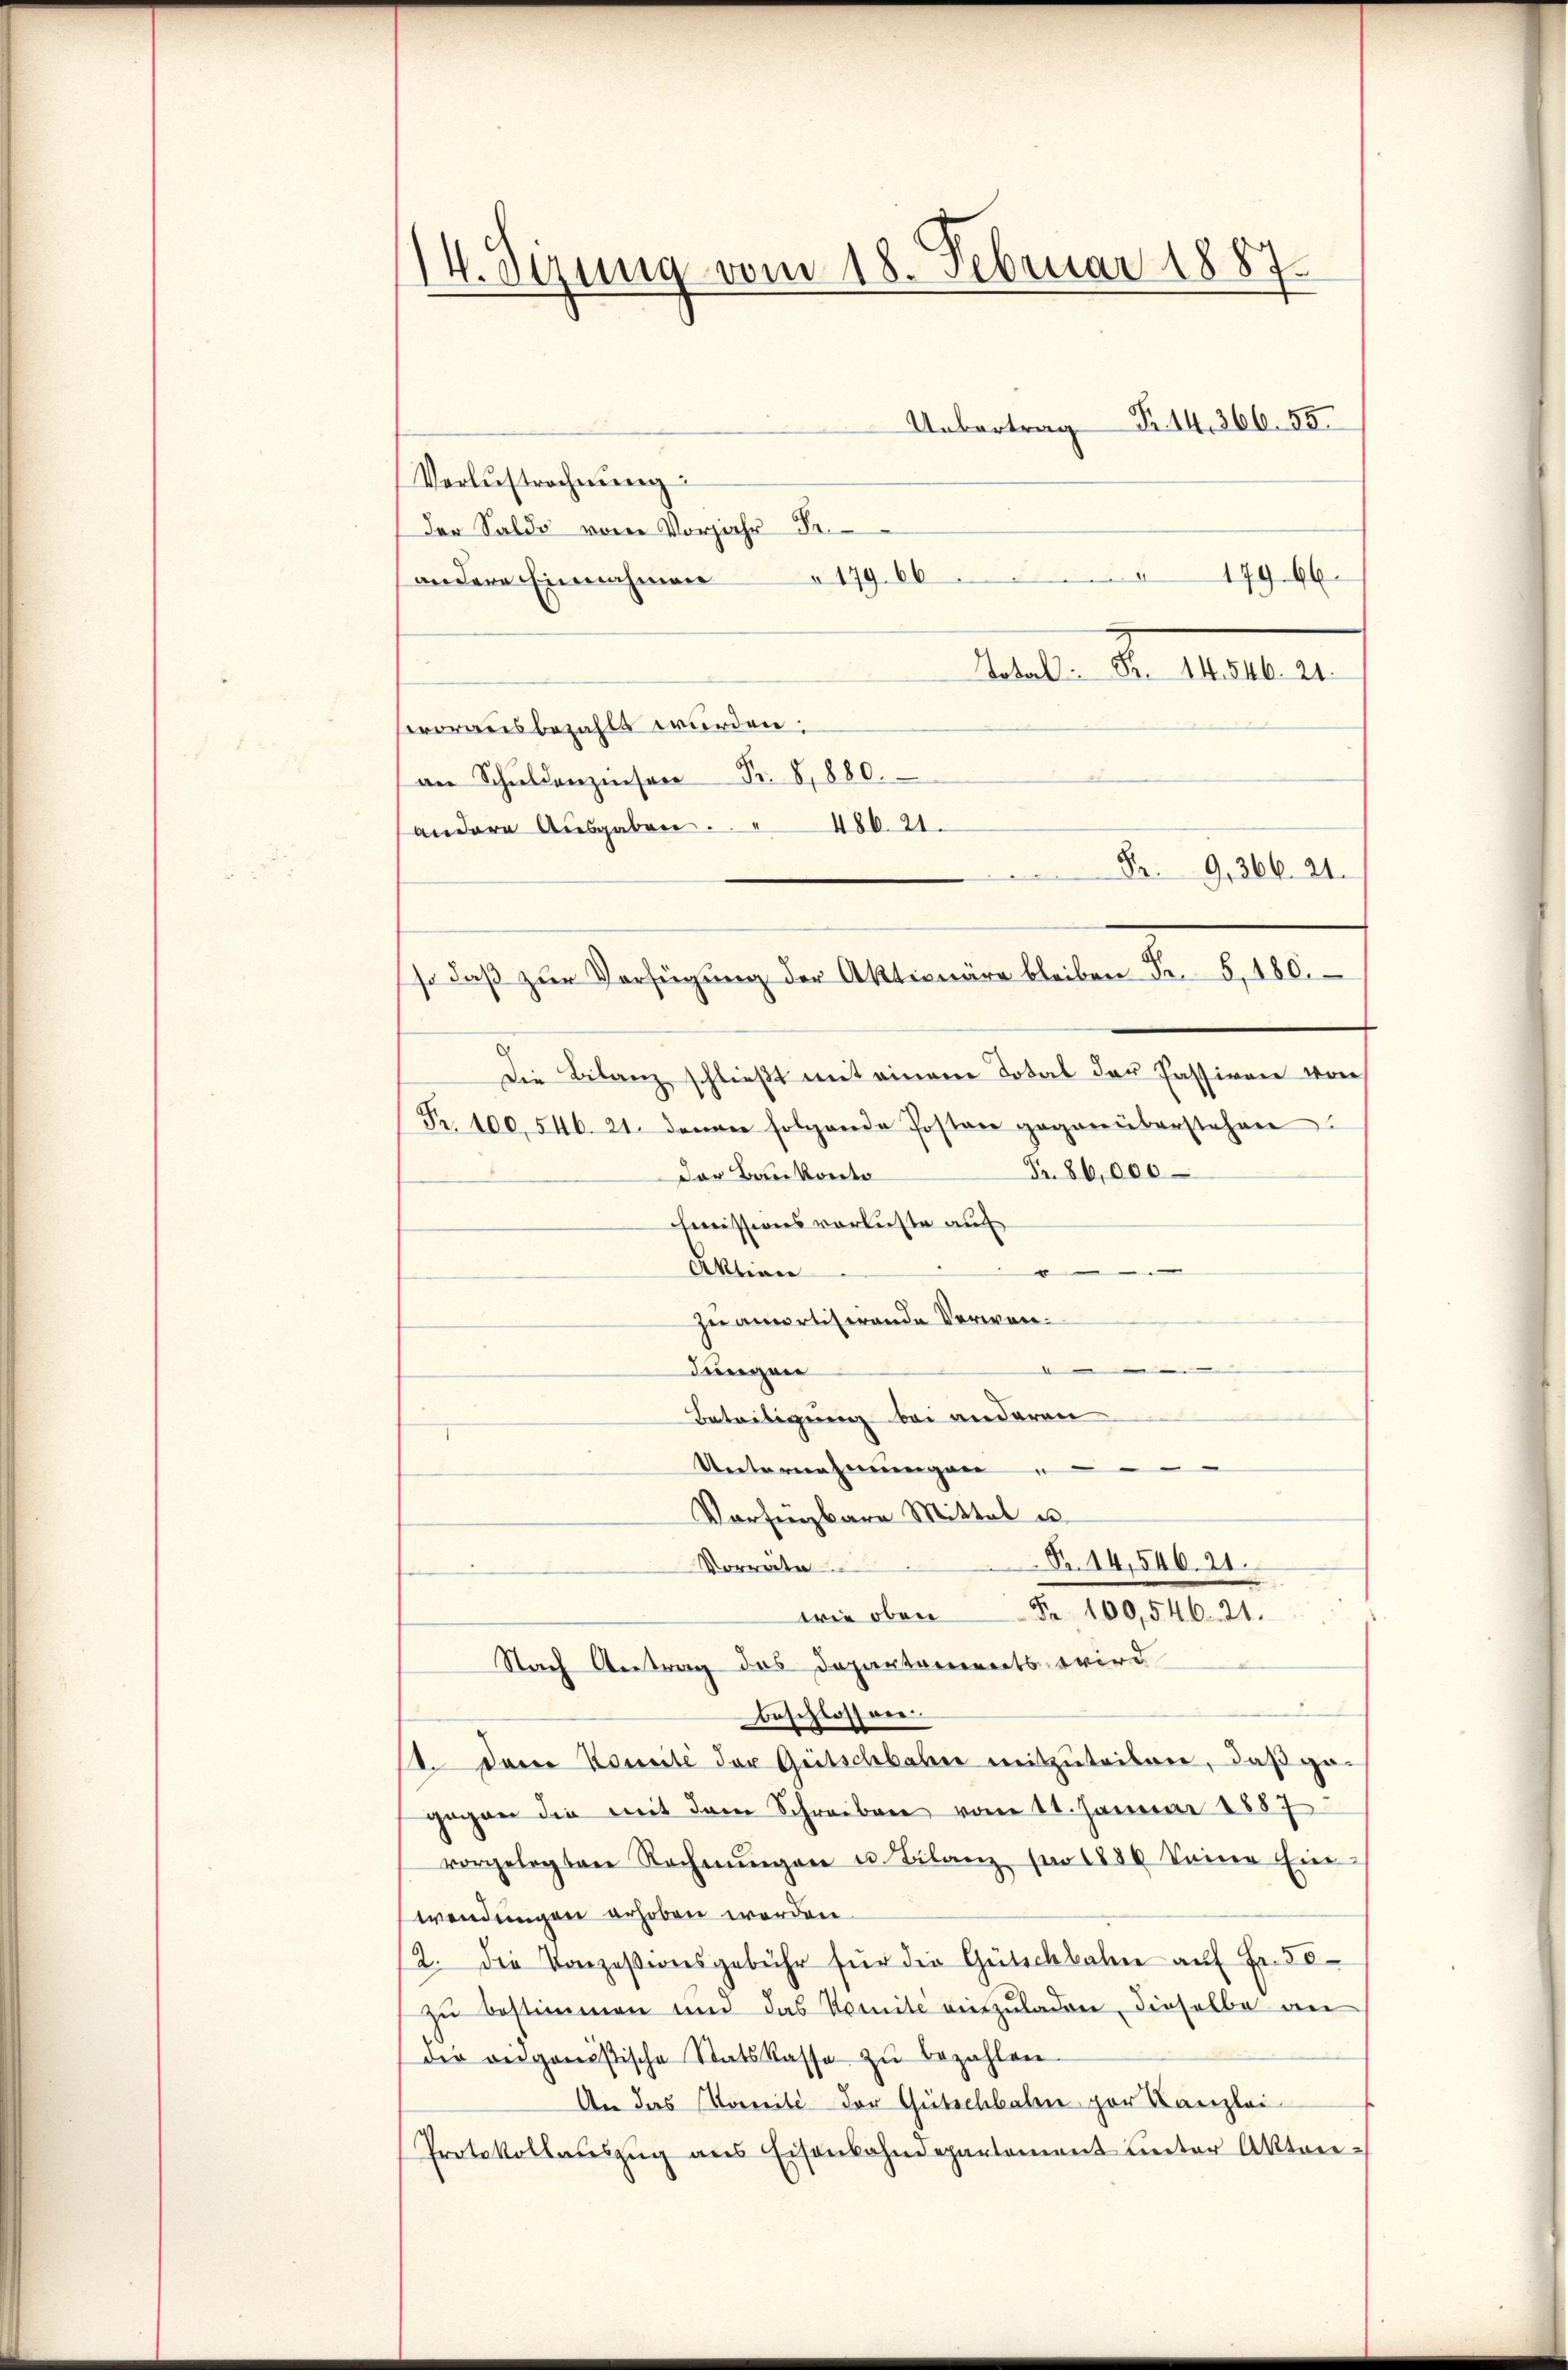
14. Sizung vom 18. Februar 1887.

Uebertrag Fr. 14. 366. 55
Verlustrecherŭng
der Saldo vom Vorjahr Fr.
179. 66179. 66.
andere Einnahmen
Ateli d. M.
vorausbezahlt würden:
Fr. 8, 880.
an Schuldenzinsen
andere Ausgaben ...
Pr 9,366. 21.
Die Bilanz schließt mit einem Total der Passiven von
Fr. 100. 546. 21. denen folgende Postan gegenüberstehen
Fr. 86,000
Der Bankonto
Emissionsverluste auf
.
Aktien
.
zu amortisirende Verwenb
dungen
d
Beteiligung bei anderen
Unternehmungen
Verfügbare Mittel es
Nr. 14, 546. 21.
Vorräte
wie oben Fr. 100,546. 21.
Nach Antrag des Departaments wird
beschlossen.
1. dem Comité der Gritschbaber mitzuteilen, daß ge-
gegen die mit dem Schreiben vom 11. Januar 1887
vorgelegten Rechnŭngen u. Filanz für 1889 keine Ein
wendungen erhoben werden.
2. Die Konzessionsgebühr für die Gütschbahn auf Fr. 50
zu bestimmen und das Komite einzuladen, dieselbe an
die vidgonistische Statskassa zŭ bezahlen
An das Komité der Gütschbaten par Kanzlei
Protokollauszug aus Eisenbahndepartement unter Akten¬

486. 21.
so daβ zŭr Verfügung der Aktionäre bleiben Fr. 5. 180.